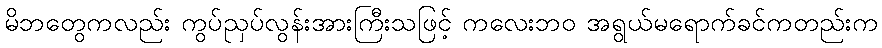
မိဘတွေကလည်း ကွပ်ညှပ်လွန်းအားကြီးသဖြင့် ကလေးဘဝ အရွယ်မရောက်ခင်ကတည်းက